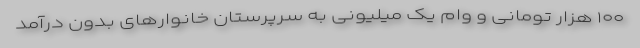
۱۰۰ هزار تومانی و وام یک میلیونی به سرپرستان خانوارهای بدون درآمد